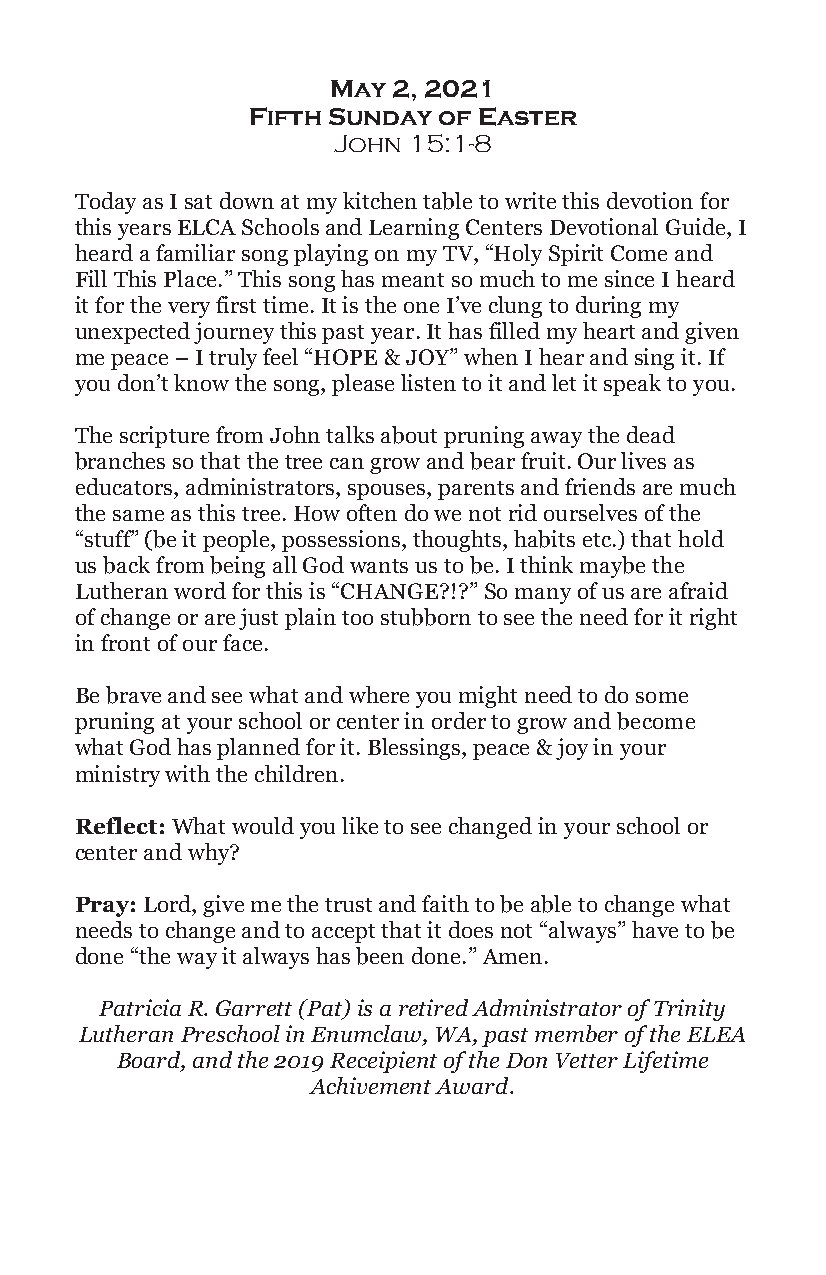
May 2, 2021
 Fifth Sunday of Easter
 John 15:1-8
 Today as I sat down at my kitchen table to write this devotion for
 this years ELCA Schools and Learning Centers Devotional Guide, I
 heard a familiar song playing on my TV, “Holy Spirit Come and
 Fill This Place.” This song has meant so much to me since I heard
 it for the very first time. It is the one I’ve clung to during my
 unexpected journey this past year. It has filled my heart and given
 me peace – I truly feel “HOPE & JOY” when I hear and sing it. If
 you don’t know the song, please listen to it and let it speak to you.
 The scripture from John talks about pruning away the dead
 branches so that the tree can grow and bear fruit. Our lives as
 educators, administrators, spouses, parents and friends are much
 the same as this tree. How often do we not rid ourselves of the
 “stuff” (be it people, possessions, thoughts, habits etc.) that hold
 us back from being all God wants us to be. I think maybe the
 Lutheran word for this is “CHANGE?!?” So many of us are afraid
 of change or are just plain too stubborn to see the need for it right
 in front of our face.
 Be brave and see what and where you might need to do some
 pruning at your school or center in order to grow and become
 what God has planned for it. Blessings, peace & joy in your
 ministry with the children.
 Reflect: What would you like to see changed in your school or
 center and why?
 Pray: Lord, give me the trust and faith to be able to change what
 needs to change and to accept that it does not “always” have to be
 done “the way it always has been done.” Amen.
 Patricia R. Garrett (Pat) is a retired Administrator of Trinity
 Lutheran Preschool in Enumclaw, WA, past member of the ELEA
 Board, and the 2019 Receipient of the Don Vetter Lifetime
 Achivement Award.